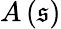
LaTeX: A\left(\mathfrak{s}\right)